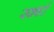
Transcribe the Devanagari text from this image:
स्क्वर्ट